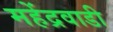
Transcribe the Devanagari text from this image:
महेंद्रवाडी